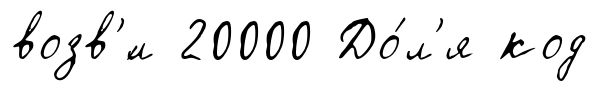
возв'́л 20000 До́л'я код